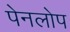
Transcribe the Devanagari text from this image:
पेनलोप